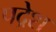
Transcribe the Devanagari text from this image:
पद्रेश